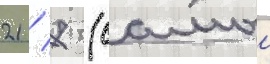
21 / 7 (самыи